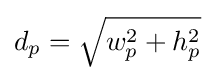
d_{p}={\sqrt {w_{p}^{2}+h_{p}^{2}}}